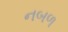
નબળ